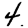
Digit: 4